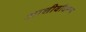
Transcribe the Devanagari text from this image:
आशीर्वादरूप